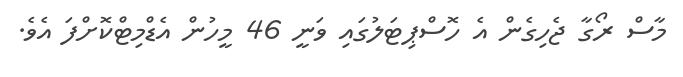
މާސް ރޯގާ ޖެހިގެން އެ ހޮސްޕިޓަލުގައި ވަނީ 46 މީހުން އެޑްމިޓްކޮށްފަ އެވެ.